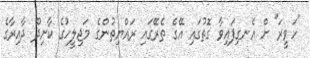
"ހަވީރަ" ށް އެނގިފައިވާ ގޮތުގައި އޭގެ ތެރޭގައި ރައްޔިތުންގެ މަޖިލީހުގެ ކާށިދޫ ދާއިރާގެ